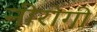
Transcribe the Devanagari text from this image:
नीरोगी